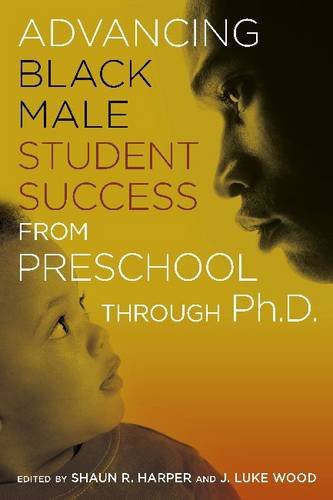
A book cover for Advancing Black Male Student Success From Preschool Through PhD; Education & Teaching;